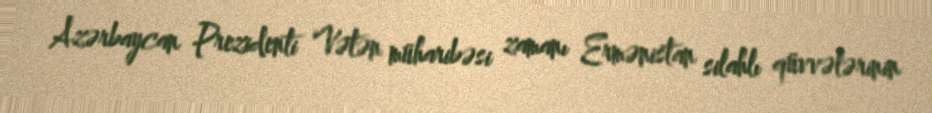
Azərbaycan Prezidenti Vətən müharibəsi zamanı Ermənistan silahlı qüvvələrinin